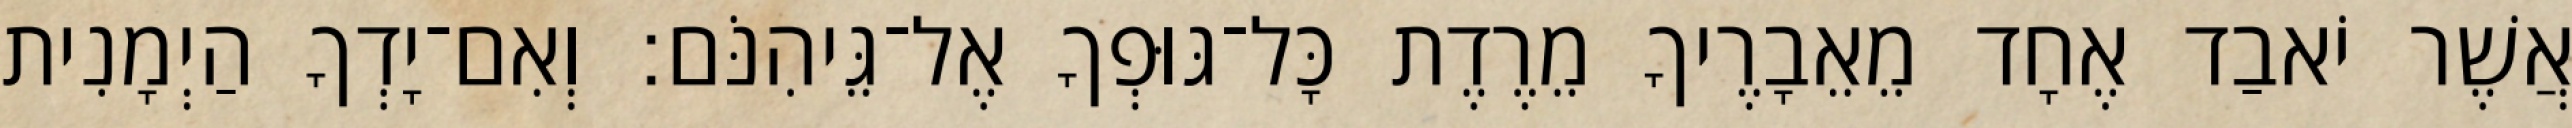
אֲשֶׁר יֹאבַד אֶחָד מֵאֵבָרֶיךָ מֵרֶדֶת כָּל־גּוּפְךָ אֶל־גֵּיהִנֹּם׃ וְאִם־יָדְךָ הַיְמָנִית